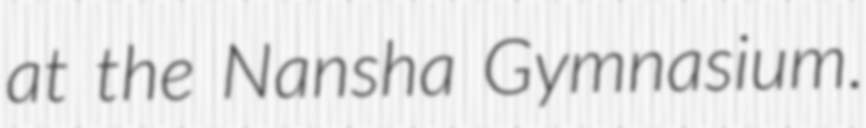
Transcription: at the Nansha Gymnasium.